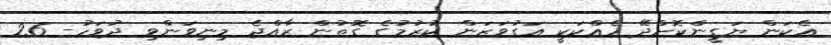
އެކަން ޔަގީންކޮށްދޭ ހެއްކަކީ އަގުވަޒަން ކުރުމުގެ ގޮތުން ރާއްޖެ މިނިވަންވި ދުވަހު- 26